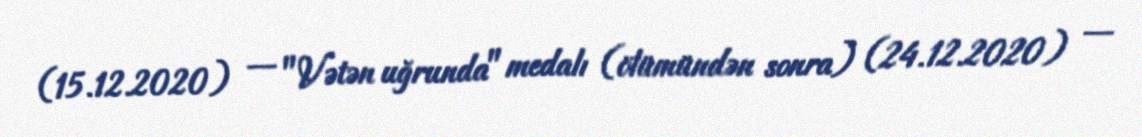
(15.12.2020) — "Vətən uğrunda" medalı (ölümündən sonra) (24.12.2020) —